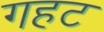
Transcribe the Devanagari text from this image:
गहट